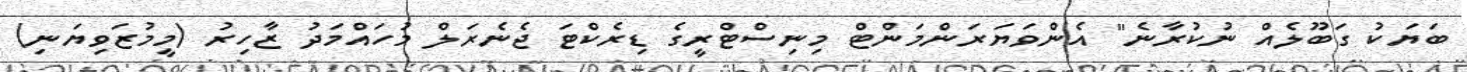
ބަޔަކު ގަބޫލެއް ނުކުރާނެ" އެންވަޔަރަންމަންޓް މިނިސްޓްރީގެ ޑިރެކްޓަ ޖެނެރަލް މުހައްމަދު ޒާހިރު (މީމުޒަވިޔަނި)